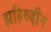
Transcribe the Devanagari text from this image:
झहिरुद्दीन